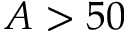
A > 5 0